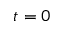
t = 0